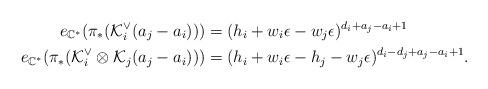
LaTeX: \begin{align*}e_{\mathbb{C}^*}(\pi_*(\mathcal{K}^\vee_i(a_j-a_{i})))&= (h_i+w_i\epsilon-w_j\epsilon)^{d_i+a_j-a_i+1}\\e_{\mathbb{C}^*}(\pi_*(\mathcal{K}^{\vee}_i \otimes\mathcal{K}_j(a_{j}-a_{i})))&= (h_i+w_i\epsilon-h_j-w_j\epsilon)^{d_i-d_j+a_j-a_i+1}.\end{align*}